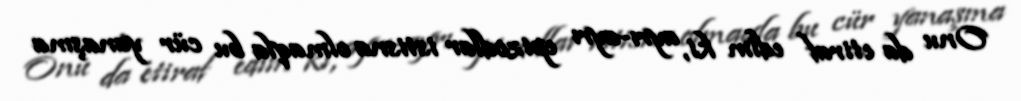
Onu da etiraf edim ki, ayrı-ayrı epizodlar istisna olmaqla bu cür yanaşma